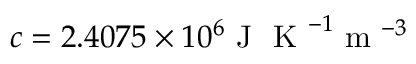
c = 2 . 4 0 7 5 \times 1 0 ^ { 6 } \mathrm { ~ J ~ } \mathrm { ~ K ~ } ^ { - 1 } \mathrm { ~ m ~ } ^ { - 3 }